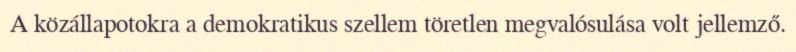
A közállapotokra a demokratikus szellem töretlen megvalósulása volt jellemző.